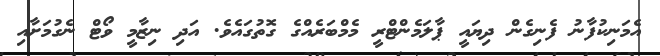
އެމަނިކުފާނު ފެނިގެން ދިޔައީ ޕާލަމެންޓްރީ މެމްބަރެއްގެ ގޮތުގައެވެ. އަދި ނިޒާމީ ވޯޓް ނެގުމަށާއި